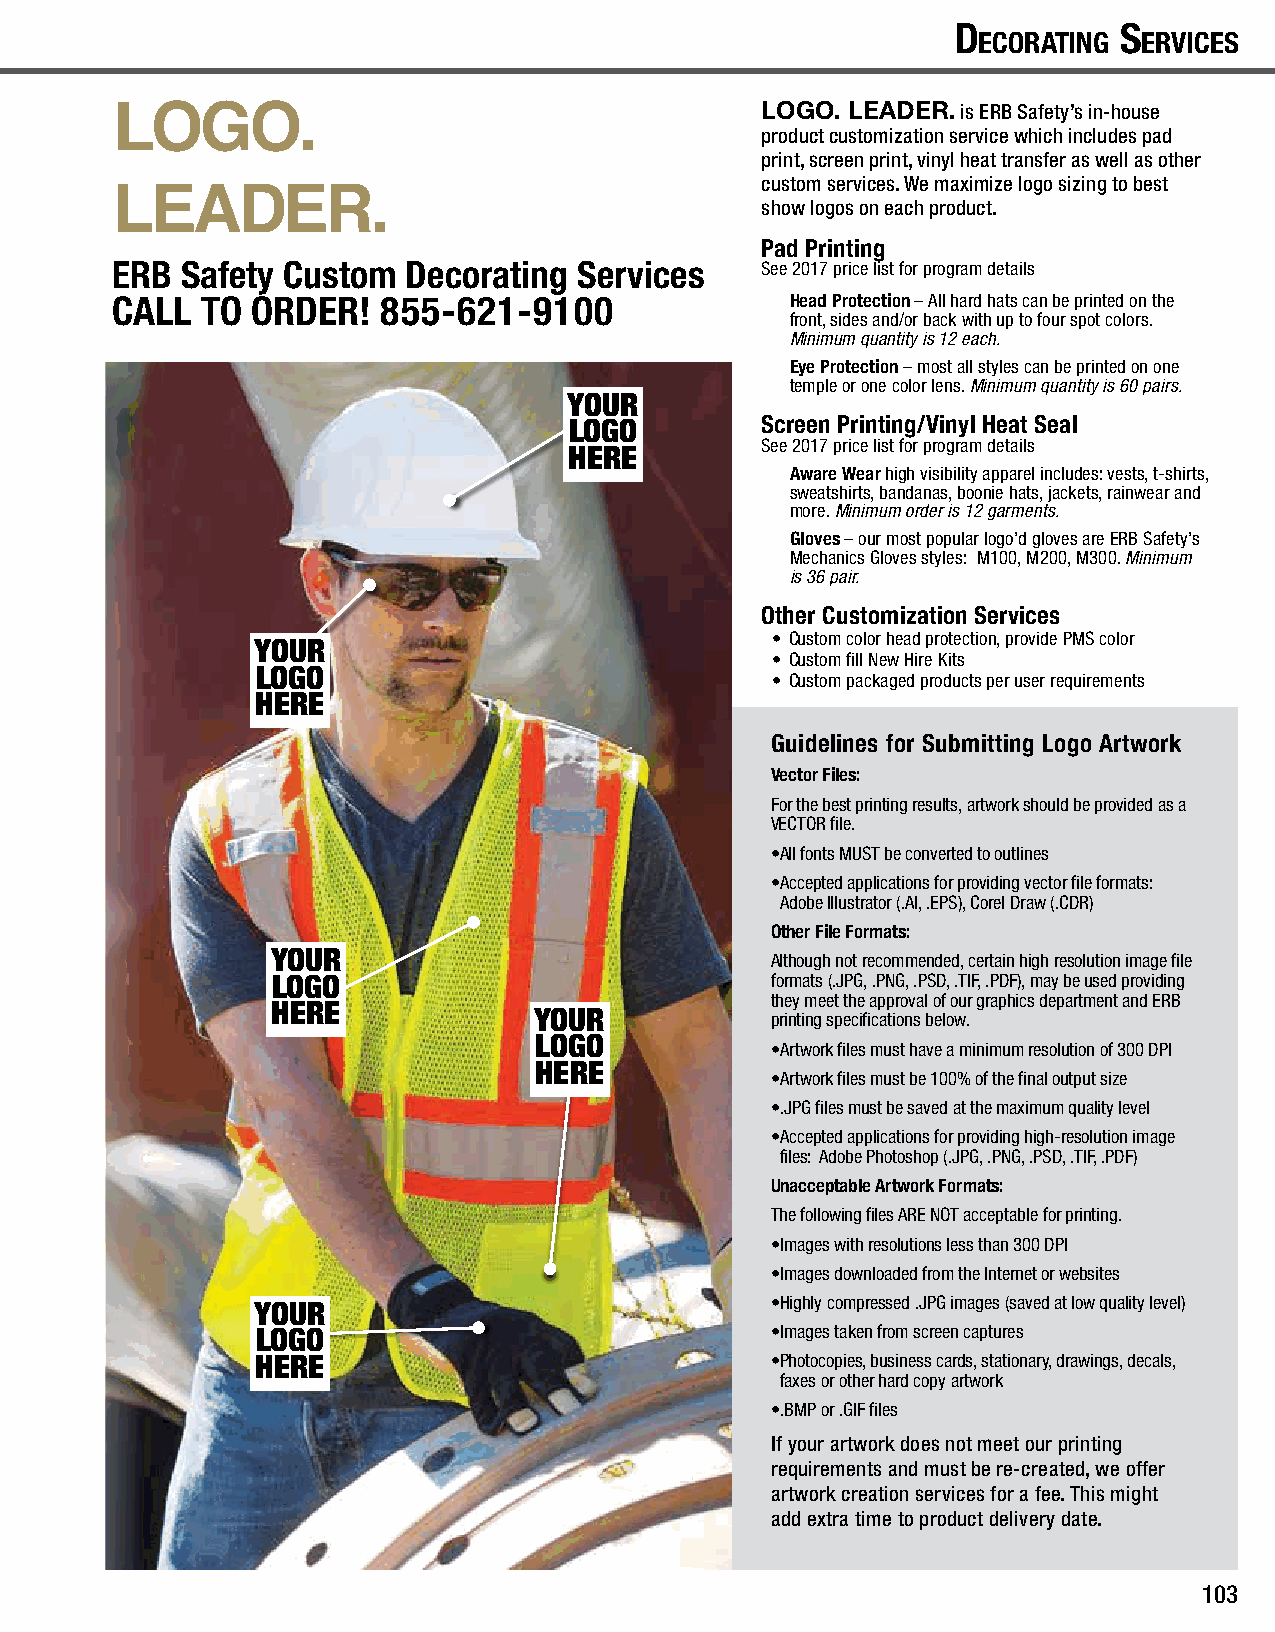
Ansi/iseA s tAndArds                                           d ecorAting s ervices
 LOGO. LEADER. is ERB Safety’s in-house
 product customization service which includes pad
 print, screen print, vinyl heat transfer as well as other
 custom services. We maximize logo sizing to best
 show logos on each product.
 Pad Printing
 ERB  Safety Custom  Decorating Services    See 2017 price list for program details
 CALL  TO  ORDER!  855-621-9100               Head Protection – All hard hats can be printed on the
 front, sides and/or back with up to four spot colors.
 Minimum quantity is 12 each.
 Eye Protection – most all styles can be printed on one
 temple or one color lens. Minimum quantity is 60 pairs.
 YOUR
 LOGO        Screen Printing/Vinyl Heat Seal
 See 2017 price list for program details
 HERE
 Aware Wear high visibility apparel includes: vests, t-shirts,
 sweatshirts, bandanas, boonie hats, jackets, rainwear and
 more. Minimum order is 12 garments.
 Gloves – our most popular logo’d gloves are ERB Safety’s
 Mechanics Gloves styles: M100, M200, M300. Minimum
 is 36 pair.
 Other Customization Services
 • Custom color head protection, provide PMS color
 YOUR
 • Custom fill New Hire Kits
 LOGO
 • Custom packaged products per user requirements
 HERE
 Guidelines for Submitting Logo Artwork
 Vector Files:
 For the best printing results, artwork should be provided as a
 VECTOR file.
 • All fonts MUST be converted to outlines
 • Accepted applications for providing vector file formats:
 Adobe Illustrator (.AI, .EPS), Corel Draw (.CDR)
 Other File Formats:
 YOUR                             Although not recommended, certain high resolution image file
 LOGO                             formats (.JPG, .PNG, .PSD, .TIF, .PDF), may be used providing
 they meet the approval of our graphics department and ERB
 HERE
 YOUR            printing specifications below.
 LOGO
 • Artwork files must have a minimum resolution of 300 DPI
 HERE
 • Artwork files must be 100% of the final output size
 • .JPG files must be saved at the maximum quality level
 • Accepted applications for providing high-resolution image
 files: Adobe Photoshop (.JPG, .PNG, .PSD, .TIF, .PDF)
 Unacceptable Artwork Formats:
 The following files ARE NOT acceptable for printing.
 • Images with resolutions less than 300 DPI
 • Images downloaded from the Internet or websites
 YOUR                              • Highly compressed .JPG images (saved at low quality level)
 LOGO                              • Images taken from screen captures
 HERE                              • Photocopies, business cards, stationary, drawings, decals,
 faxes or other hard copy artwork
 • .BMP or .GIF files
 If your artwork does not meet our printing
 requirements and must be re-created, we offer
 artwork creation services for a fee. This might
 add extra time to product delivery date.
 103